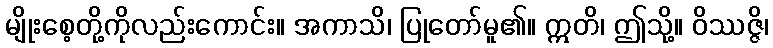
မျိုးစေ့တို့ကိုလည်းကောင်း။ အကာသိ၊ ပြုတော်မူ၏။ ဣတိ၊ ဤသို့။ ဝိဿဇ္ဇိ၊